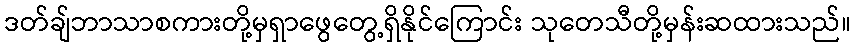
ဒတ်ချ်ဘာသာစကားတို့မှရှာဖွေတွေ့ရှိနိုင်ကြောင်း သုတေသီတို့မှန်းဆထားသည်။